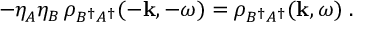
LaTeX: - \eta _ { A } ^ { } \eta _ { B } ^ { } \, \rho _ { B ^ { \dagger } A ^ { \dagger } } ( - { \bf k } , - \omega ) = \rho _ { B ^ { \dagger } A ^ { \dagger } } ( { \bf k } , \omega ) \; .